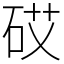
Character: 砹